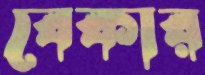
বেকার